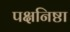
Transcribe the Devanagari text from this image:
पक्षनिष्ठा